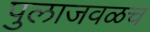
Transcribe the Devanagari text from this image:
पुलाजवळच